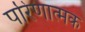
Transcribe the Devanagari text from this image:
परिणात्मक